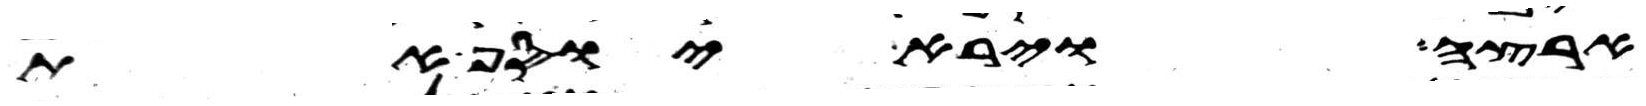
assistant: ארצה וירא יוסף את